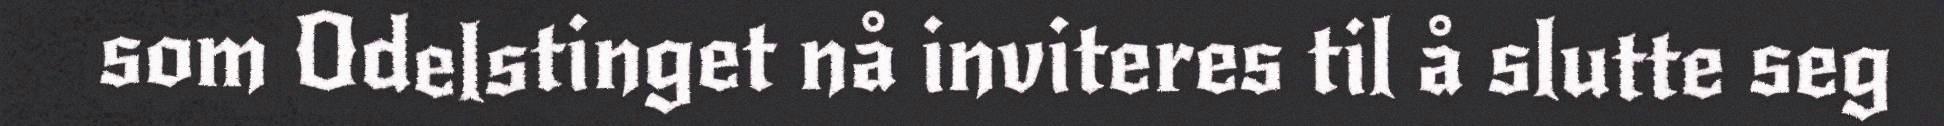
som Odelstinget nå inviteres til å slutte seg